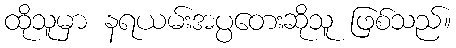
ထိုသူမှာ နရယမ်းအပ္ပတေးဆိုသူ ဖြစ်သည်။